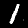
Digit: 1